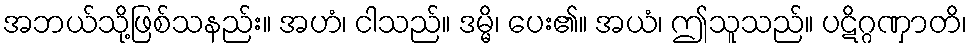
အဘယ်သို့ဖြစ်သနည်း။ အဟံ၊ ငါသည်။ ဒမ္မိ၊ ပေး၏။ အယံ၊ ဤသူသည်။ ပဋိဂ္ဂဏှာတိ၊